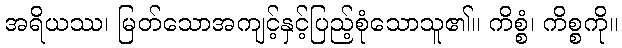
အရိယဿ၊ မြတ်သောအကျင့်နှင့်ပြည့်စုံသောသူ၏။ ကိစ္စံ၊ ကိစ္စကို။